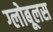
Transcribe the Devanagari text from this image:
ग्लोबूलस